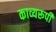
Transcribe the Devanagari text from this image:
काव्यरूपी